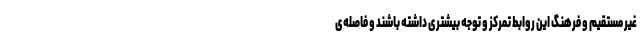
غیر مستقیم و فرهنگ این روابط تمرکز و توجه بیشتری داشته باشند و فاصله‌ی